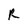
Character: R